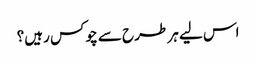
اس لیے ہر طرح سے چوکس رہیں؟